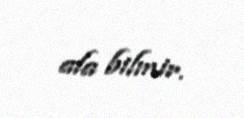
ala bilmir.